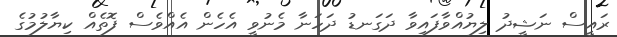
ރައީސް ނަޝީދު ލިޔުއްވާފައިވާ ދަގަނޑު ދަހަނާ މެނުވީ އެހެން އެއްވެސް ފޮތެއް ކިޔާލުމުގެ